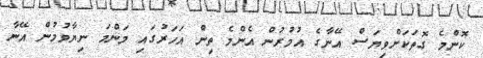
ކޮންމެ ގޮތަކަށްވިޔަސް އޭނާގެ އުމުރުން އެންމެ ތިން އަހަރުގައި މަންމަ ނިޔާވުމުން އޭނާ